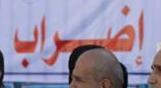
اضراب